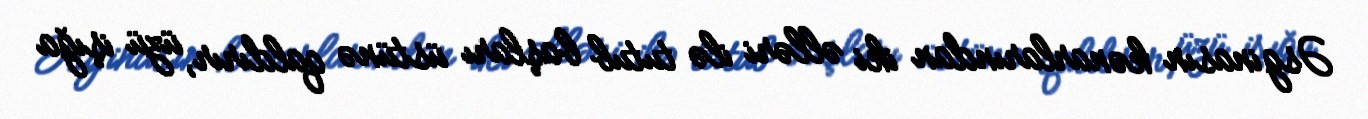
Əsginasın kənarlarından iki əlləri ilə tutub başları üstünə qaldırır, üzü işığa